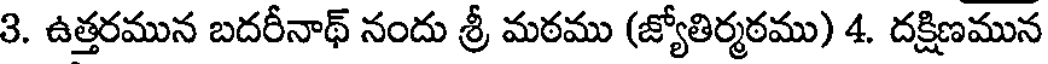
3. ఉత్తరమున బదరీనాథ్ నందు శ్రీ మఠము (జ్యోతిర్మఠము) 4. దక్షిణమున